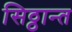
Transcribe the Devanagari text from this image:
सिठ्ठान्त